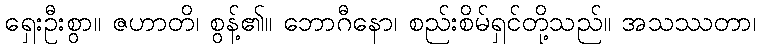
ရှေးဦးစွာ။ ဇဟာတိ၊ စွန့်၏။ ဘောဂီနော၊ စည်းစိမ်ရှင်တို့သည်။ အသဿတာ၊